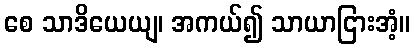
စေ သာဒိယေယျ၊ အကယ်၍ သာယာငြားအံ့။